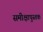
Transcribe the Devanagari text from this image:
समीक्षापुस्तक